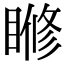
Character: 𥈌